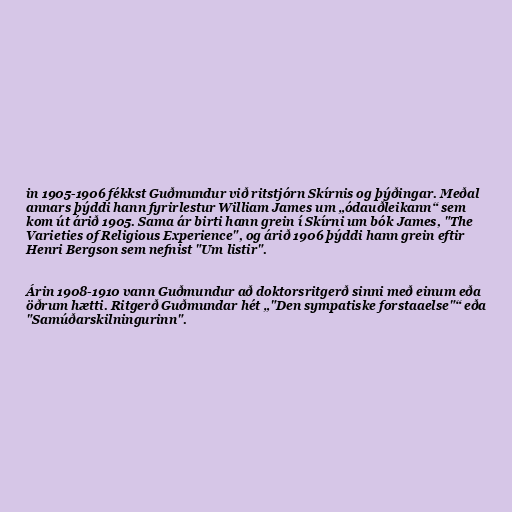
in 1905-1906 fékkst Guðmundur við ritstjórn Skírnis og þýðingar. Meðal
annars þýddi hann fyrirlestur William James um „ódauðleikann“ sem
kom út árið 1905. Sama ár birti hann grein í Skírni um bók James, "The
Varieties of Religious Experience", og árið 1906 þýddi hann grein eftir
Henri Bergson sem nefnist "Um listir".

Árin 1908-1910 vann Guðmundur að doktorsritgerð sinni með einum eða
öðrum hætti. Ritgerð Guðmundar hét „"Den sympatiske forstaaelse"“ eða
"Samúðarskilningurinn".